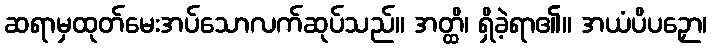
ဆရာမှထုတ်မေးအပ်သောလက်ဆုပ်သည်။ အတ္ထိ၊ ရှိခဲ့ရာ၏။ အယံပိပဉှော၊